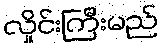
လှိုင်းကြီးမည်